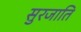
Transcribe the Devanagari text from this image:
सुरजाति